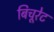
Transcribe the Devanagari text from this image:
बिचूरेट